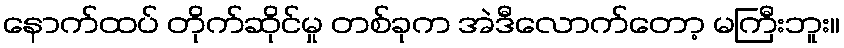
နောက်ထပ် တိုက်ဆိုင်မှု တစ်ခုက အဲဒီလောက်တော့ မကြီးဘူး။